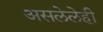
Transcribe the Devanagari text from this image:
असलेलेही